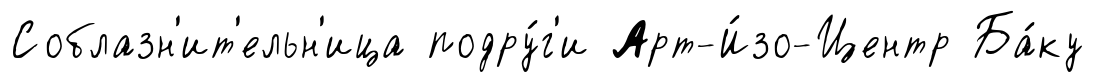
Соблазн'ит'ельн'ица подру́г'и Арт-И́зо-Центр Ба́ку